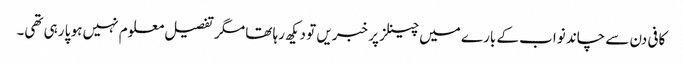
کافی دن سے چاند نواب کے بارے میں چینلز پر خبریں تو دیکھ رہا تھا مگر تفصیل معلوم نہیں ہو پا رہی تھی۔